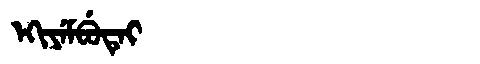
Manchu: ᡝᡴᡳᠶᡝᠮᠪᡠᡨᡝᡳ
Romanization: EKIYEMBUTEI